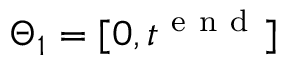
\Theta _ { 1 } = [ 0 , t ^ { \mathrm { ~ e ~ n ~ d ~ } } ]